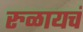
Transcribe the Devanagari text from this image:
रुळायचं